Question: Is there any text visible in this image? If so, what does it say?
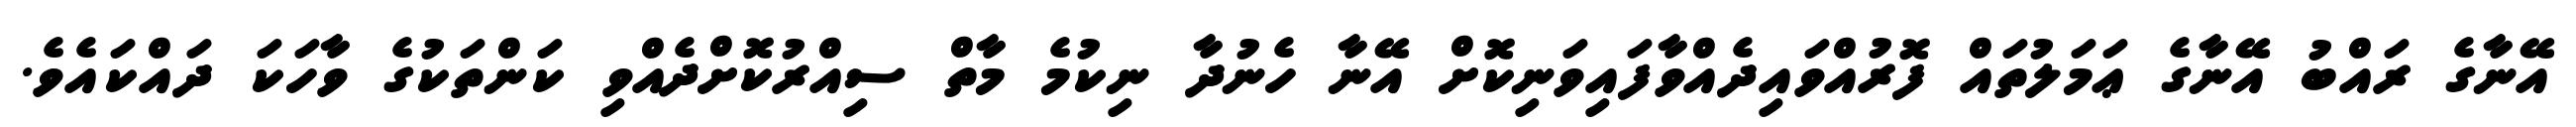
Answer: އޭނާގެ ރައްބު އޭނާގެ ޢަމަލުތައް ފޮރުއްވައިދެއްވާފައިވަނިކޮށް އޭނާ ހެނުދާ ނިކުމެ މާތް ސިއްރުކޮށްދެއްވި ކަންތަކުގެ ވާހަކަ ދައްކައެވެ.